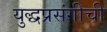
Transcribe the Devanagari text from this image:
युद्धप्रसंगीची